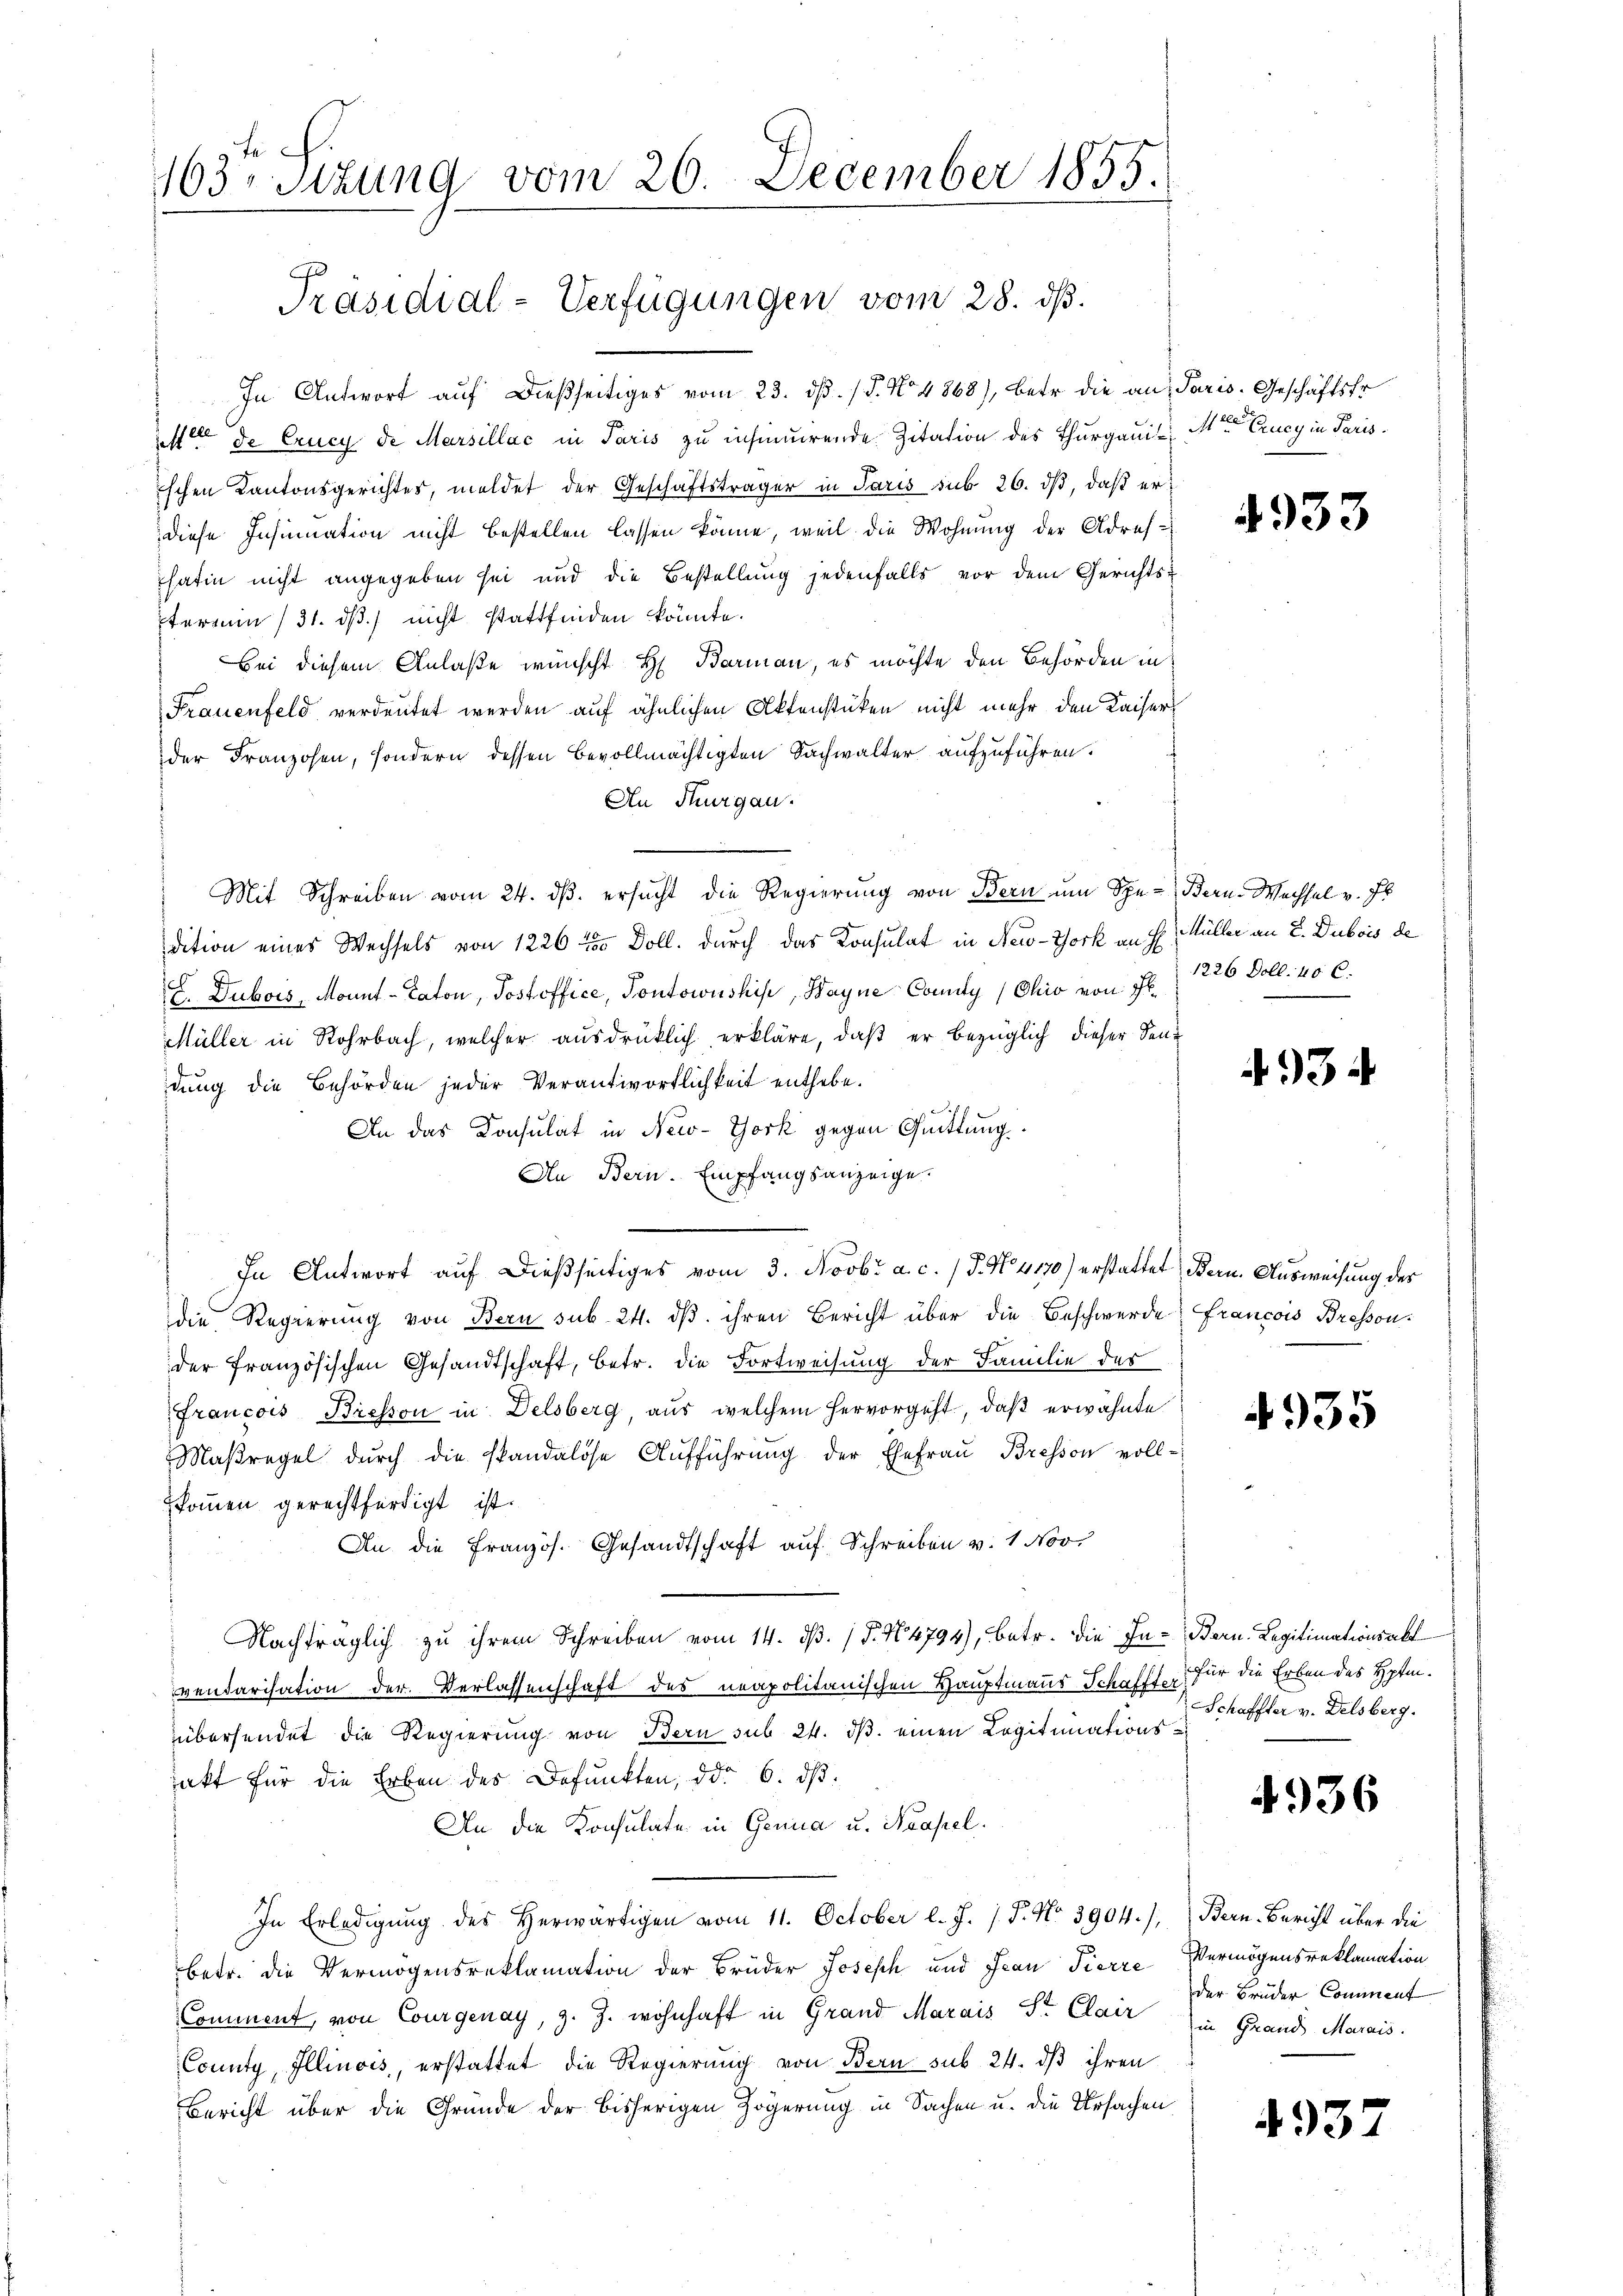
163. Sitzung vom 26. December 1855.

Präsidial-Verfügungen vom 28. dß.

In Antwort auf dießseitiges vom 23. dβ. / 5. No. 4868), betr. die an, Paris. Geschäftsfr
sette de Crucy de Marsillac in Paris zu insinuirende Zitation des Thurgauis Meere Ency in Paris
ischen Kantonsgerichtes, meldet der Geschäftsträger in Paris sub 26. dβ, daß erdiese Insinuation nicht bestellen lassen könne, weil die Wohnung der Adreshatin nicht angegeben sei und die Bestellung jedenfalls vor dem Gerichts-
Etermin /31. ds nicht stattfinden könnte.
Bei diesem Anlaße wünscht H. Barman, es möchte den Behörden in
Frauenfeld verdeutet werden auf ähnlichen Aktenstüken nicht mehr den Kaiser
der Franzosen, sondern dessen bevollmächtigten Sachwalter aufzuführen.
An Thurgau.
Mit Schreiben vom 24. ds. ersucht die Regierung von Bern um Spe-Bern-Wechsel v. Pl
dition eines Wechsels von 1226 5 Doll. durch das Konsulat in New-York an H. Müller an L. Dubois de
E. Dubois, Monnt-Caton, Postoffice, Pontowuskise, Hayne-Commity Ohio von Il¬
Müller in Rohrbach, welcher ausdrücklich erkläre, daß er bezüglich dieser Senidung die Behörden jeder Verantwortlichkeit enthebe.
An das Konsulat in New-York gegen Quittung
An Bern. Empfangsanzeige.
s
In Antwort auf dießseitiges vom 3. Novbr a. c. (T. N. 4170) erstattet Bern. Ausweisung des
die Regierung von Bern sub. 24. dβ ihren Bericht über die Beschwerde Francois Bressonder französischen Gesandtschaft, betr. die Fortweisung der Familie des
Francois Bresson in Delsberg, aus welchem hervorgeht, daß erwähnte
7
Maßregel durch die standalose Aufführŭng der Ehefrau Bresson voll-
kommen gerechtfertigt ist.
An die Französ. Gesandtschaft auf Schreiben v. 1. Nov.
Nachfraglich zu ihrem Schreiben vom 14. dß. (§. No 4794), betr. die In- Bern. Legitimationsabl
vendarisation der Verlassenschaft des neapolitanischen Hauptmanns Schafft, für die Erben des Hptiübersendet die Regierung von Bern sub 24. ds. einen Legitimationssakt für die Erben des Befunkten, ddo 6. ds.
An die Konsulate in Genua u. Neapel.
In Erledigung des Herwärtigen vom 11. October l. J. J. J. No. 3904), Bern-Bericht über die
betr. die Vermögensreklamation der Brüder Joseph und Frau Pierre Vermögensreklamation
Comment, von Courgenay, z. Z. wohnhaft in Grand Marais Sr. Clair in Grand Marais.
County, Illinois, erstattet die Regierung von Bern sub 24. dβ ihren
Bericht über die Gründe der bisherigen Zögerung in Sachen u. die Ursachen

4933

1226 Doll. 40 C.

4934

4935

Schaffter v. Delsberg.

4936

der Brüder Comment

4937